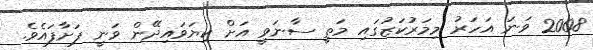
2008 ވަނަ އަހަރު މިމަރުކަޒުގައި މަތީ ސާނަވީ އަށް ކިޔަވައިދޭން ވަނީ ފަށާފައެވެ.